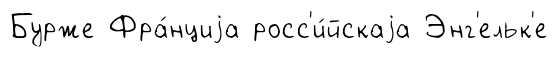
Бурже Фра́нциjа росс'и́йскаjа Энг'ельк'е